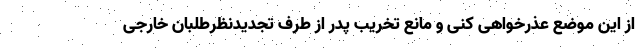
از این موضع عذرخواهی کنی و مانع تخریب پدر از طرف تجدیدنظرطلبان خارجی